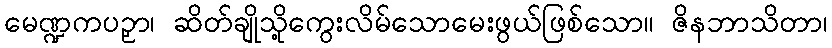
မေဏ္ဍကပဉှာ၊ ဆိတ်ချိုသို့ကွေးလိမ်သောမေးဖွယ်ဖြစ်သော။ ဇိနဘာသိတာ၊